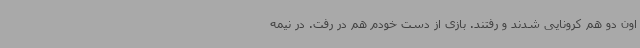
اون دو هم کرونایی شدند و رفتند. بازی از دست خودم هم در رفت. در نیمه